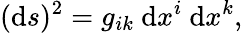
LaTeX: (\mathrm{d}s)^{2}=g_{ik}\ \mathrm{d}x^{i}\ \mathrm{d}x^{k},